Mustjala_vallavalitsus, lk 9
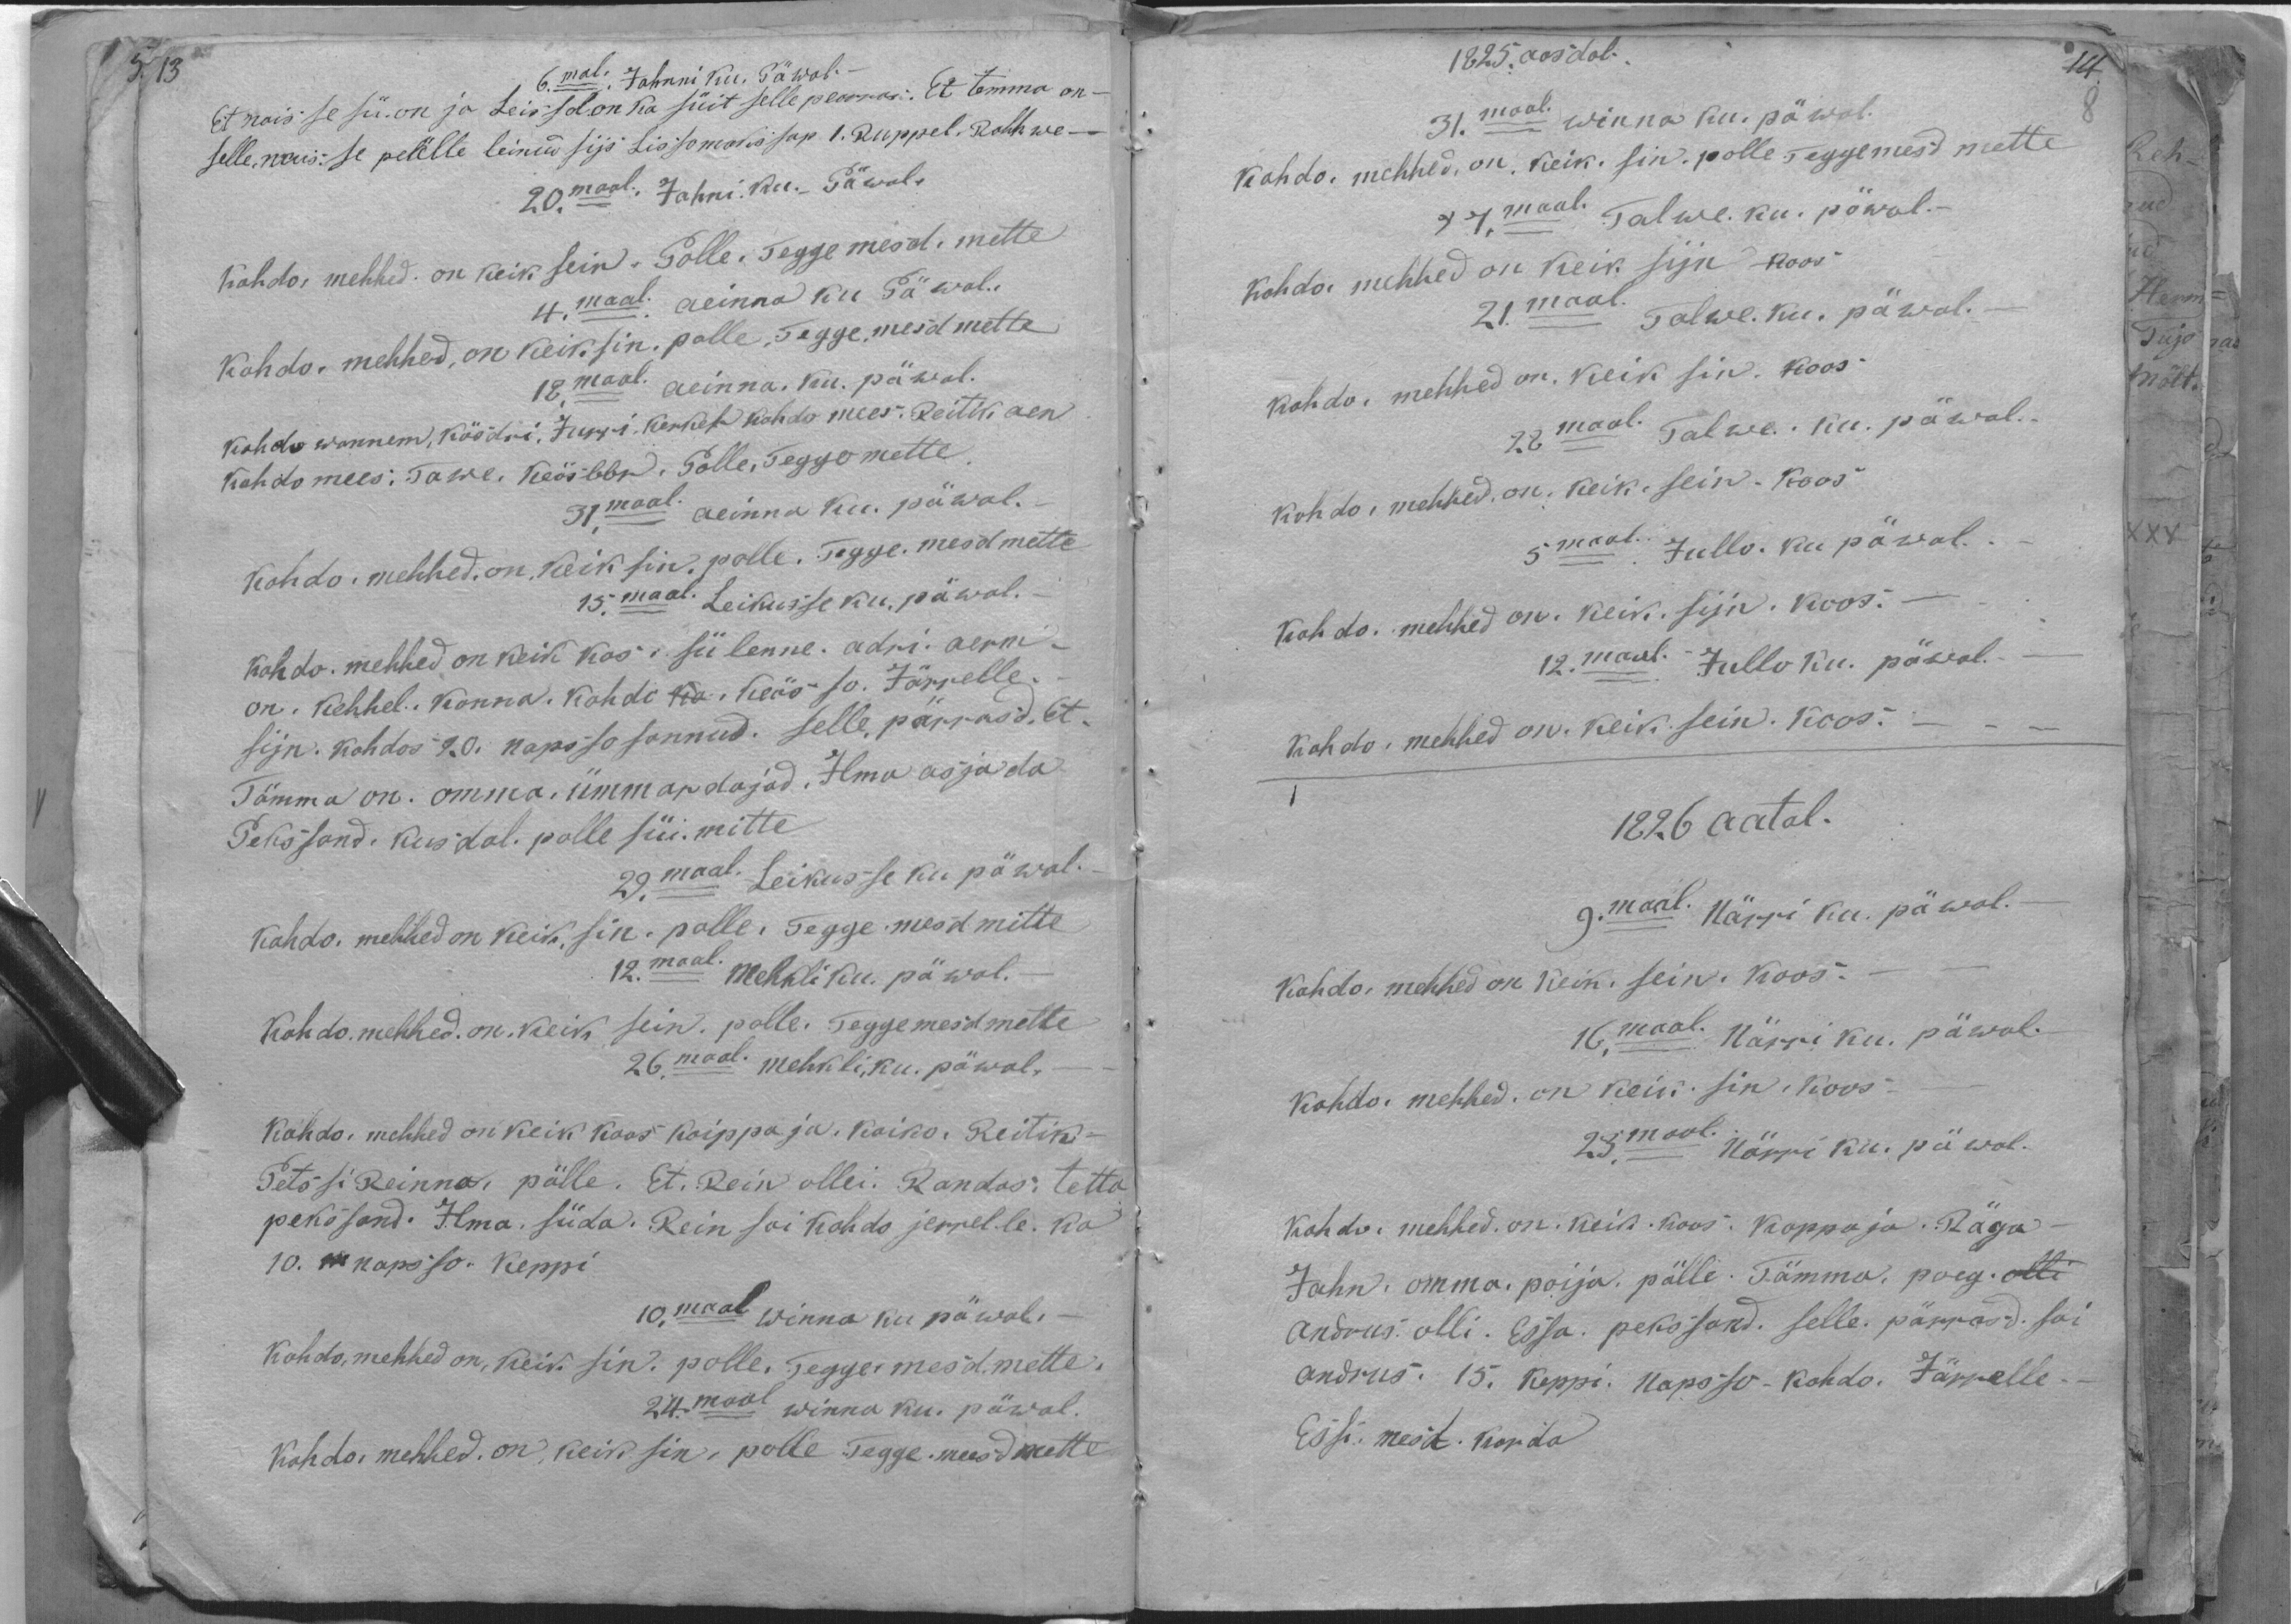
6. mal, Jahnni, ku. Päwal.-
et naisse sü. on ja Leissol on ka süit selle pearras. Et temma on-
selle, naisse peälle leinud siis Lisso maksasap 1. Ruppel. Rahh we-
20. maal. Jahni. ku. Päwal.
Kohdo, mehhed on keik sein. Polle, Tegge mesd, mitte
4. maal; aeinna ku Päwal.-
kohdo, mehhed, on keiksin, polle, Tegge, mesd mette
18.maal. aeinna. ku. päwal.
kohto wannem, köödri, Jurri, kerkes kohdo mees. Reitik aen
kohtomees: Tawe. Keäsbbr. Polle, Teggo mette
31.maal ainna ku. päwal.
kohdo. mehhed on keik sin. polle. Tegge. mesd mette
15. maal. Leikusse ku. päwal.
kohto. mehhed on keik kos sülenne. adri. aerm-
on. Kehhel. Konna. Kohdo Keässo. Järrelle.
sijn. kohdos 20. nopsso sannud, selle, pärrasid. et
Tämma on. omma, ümmardajad. Ilma asjada
Pekssand: kusdal polle süi. mitte
29. maal. Leikusse ku päwal.
kohdo. mehhed on keik, sin. polle. Tegge mesd mitte
12. maal. Mehkli ku. päwal.
Kohdo mehhed on keik sein. polle. Teggemesd mette
26. maal. mehkli, ku. päwal,
Kohdo. mehhed on keik koos kaippaja. Kaiko. Reitik-
Petssi Reinna, pälle. Et. Rein ollei. Randas; tetta
peksand. Ilma, süda. Rein sai kohdo jerrelle. Ka
10. napsso. Keppi
10, maal winna ku päwal-
Kohdo, mehhed on, keik sin. polle. Tegge-meesd. mette
24.pool winna ku. päwal.
Kohto mehhed. on, keis sin; polle. Tegge-meesdmette

1825. aasdal
31.maal. winna ku. päwal.
kohdo, mehhed, on, keik. sin. polle, Teggemesd mette
7.maal Talwe ku pöwal.-
kohda mehhed on keik sijn koos
21.maal Talwe. ku. päwal.
kohdo, mehhed on. keik sin. koos-
28maal Talwe. ku. päwal.
kohto, mehhed on. keik - sein - koos
5maal. Jullo. ku päwal.
Kohdo mehhed on. keik. sijn. koos.-
12. maal. - Jullo ku. päwal.
Kohto. mehhed on. keik. sein. koos.
1826 aatal.
9. maal. Närri ku. päwal.
Kohdo mehhed on keik. sein. koos
16.maal. Närri ku. päwol.
kohto mehhed on keik sin. koos-
23. mool. Närri ku. päwal.
Kohdo. mehhed. on: keik. koos. Kappaja. Räga
Jahn: omma. poija pälle. Tämma poeg.
Andrus olli. Essa pekssand. selle pärrasd sai
andrus: 15. keppi. napsso-kohdo. Järrelle-
Essi: mesd. korda